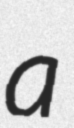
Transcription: a